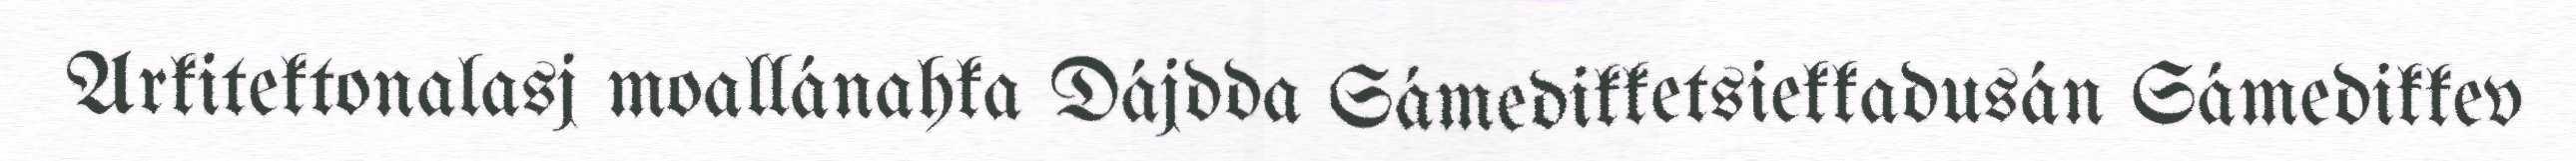
Arkitektonalasj moallánahka Dájdda Sámedikketsiekkadusán Sámedikkev